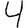
Digit: 4